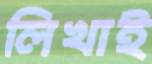
লিখাই